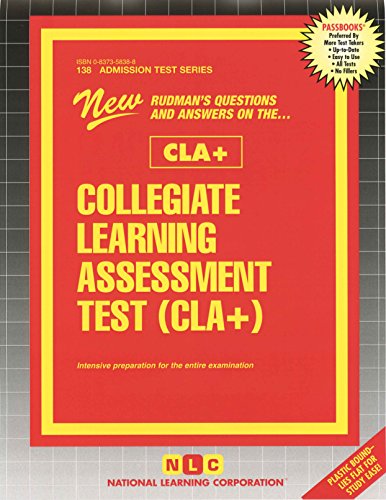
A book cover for Collegiate Learning Assessment Test (CLA+) (Passbooks); Passbooks; Test Preparation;